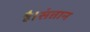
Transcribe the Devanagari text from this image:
है।संतान